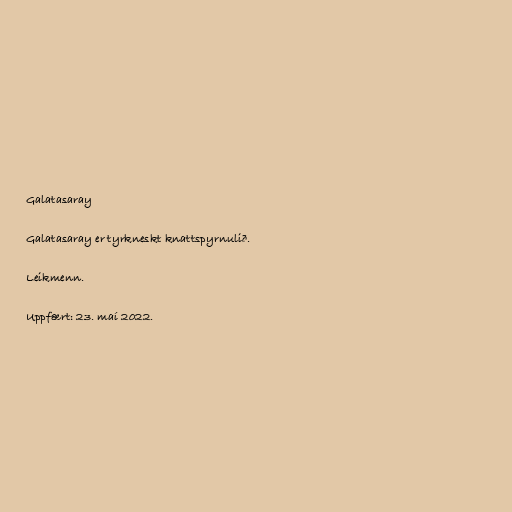
Galatasaray

Galatasaray er tyrkneskt knattspyrnulið.

Leikmenn.

Uppfært: 23. maí 2022.